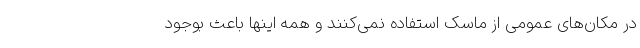
در مکان‌های عمومی از ماسک استفاده نمی‌کنند و همه اینها باعث بوجود